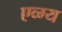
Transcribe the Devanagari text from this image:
एव्ग्य